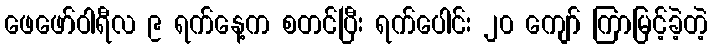
ဖေဖော်ဝါရီလ ၉ ရက်နေ့က စတင်ပြီး ရက်ပေါင်း ၂၀ ကျော် ကြာမြင့်ခဲ့တဲ့